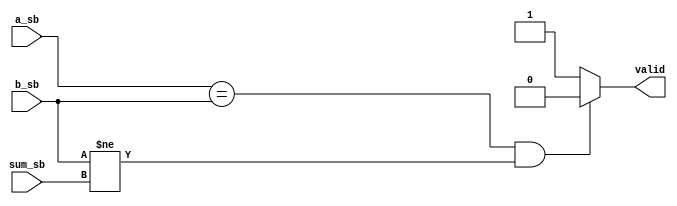
`timescale 1ns / 1ps
//////////////////////////////////////////////////////////////////////////////////
// Company: Ratner Surf Designs
// 
// Design Name: 
// Module Name: rc_valid_chk
// Project Name: 
// Target Devices: 
// Tool Versions: 
// Description: Validity check for signed binary numbers. This modules
//                 does not check for the case where the maximum 
//                 negative number is subtracted from another number. 
//
//  USEAGE:
//
//  rc_valid_chk  my_valid  (
//       .a_sb   (my_a_sb), 
//       .b_sb   (my_b_sb), 
//       .sum_sb (my_sum_sb), 
//       .valid  (my_valid) ); 
// 
// Dependencies: 
// 
// Revision History:
// Revision 1.00 - File Created: 10-12-2019
//
// Additional Comments:
// 
//////////////////////////////////////////////////////////////////////////////////

   
 module rc_valid_chk(a_sb, b_sb, sum_sb, valid); 
	input  a_sb; 
	input  b_sb; 
	input  sum_sb; 
	output reg valid;   
       
	
	always @(a_sb, b_sb, sum_sb)
		begin 
		if ( (a_sb == b_sb) && (b_sb != sum_sb) ) 
		begin 
			valid = 1'b0; 
	    end
		else
		begin
			valid = 1'b1; 
		end
	end
                
endmodule